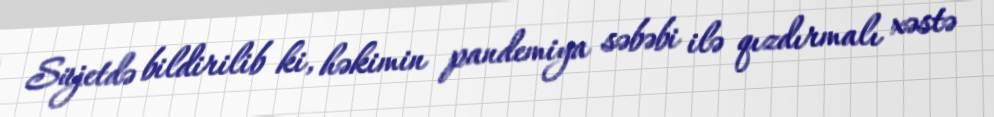
Süjetdə bildirilib ki, həkimin pandemiya səbəbi ilə qızdırmalı xəstə